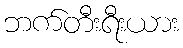
ဘက်တီးရီးယား